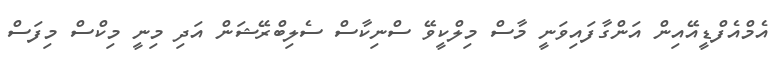
އެމްއެފްޑީއޭއިން އަންގާފައިވަނީ މާސް މިލްކީވޭ ސްނިކާސް ސެލިބްރޭޝަން އަދި މިނީ މިކްސް މިފަސް